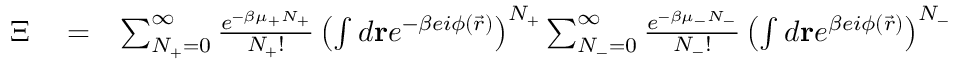
\begin{array} { r l r } { \Xi } & { { } = } & { \sum _ { N _ { + } = 0 } ^ { \infty } \frac { e ^ { - \beta \mu _ { + } N _ { + } } } { N _ { + } ! } \left( \int d \mathbf { r } e ^ { - \beta e i \phi ( \vec { r } ) } \right) ^ { N _ { + } } \sum _ { N _ { - } = 0 } ^ { \infty } \frac { e ^ { - \beta \mu _ { - } N _ { - } } } { N _ { - } ! } \left( \int d \mathbf { r } e ^ { \beta e i \phi ( \vec { r } ) } \right) ^ { N _ { - } } } \end{array}